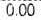
0.00